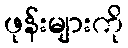
ဖုန်းများကို